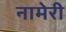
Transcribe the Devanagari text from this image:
नामेरी